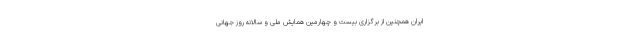
ایران همچنین از برگزاری بیست و چهارمین همایش ملی و سالانه روز جهانی